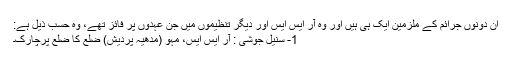
ان دونوں جرائم کے ملزمین ایک ہی ہیں اور وہ آر ایس ایس اور دیگر تنظیموں میں جن عہدوں پر فائز تھے، وہ حسب ذیل ہے:
1- سنیل جوشی : آر ایس ایس، مہو (مدھیہ پردیش) ضلع کا ضلع پرچارک۔